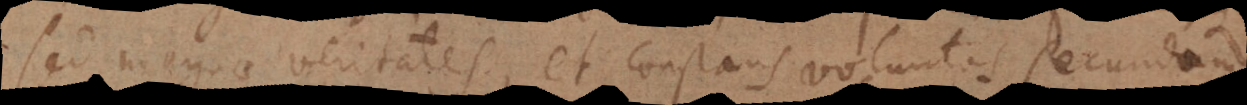
sed magnae veritates, et constans voluntas secundum